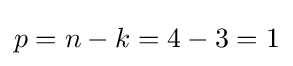
p=n-k=4-3=1